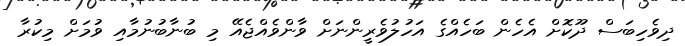
ދިވެހިބަސް ދޫކޮށް އެހެން ބަހެއްގެ އަހުލުވެރީންނަށް ވާންވެއްޖެއޭ މި ބުނާބުނުމާއި ވުމަށް މިކުރާ